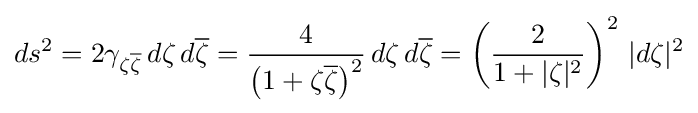
ds^{2}=2\gamma _{\zeta {\overline {\zeta }}}\,d\zeta \,d{\overline {\zeta }}={\frac {4}{\left(1+\zeta {\overline {\zeta }}\right)^{2}}}\,d\zeta \,d{\overline {\zeta }}=\left({\frac {2}{1+|\zeta |^{2}}}\right)^{2}\,|d\zeta |^{2}